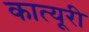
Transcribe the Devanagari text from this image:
कात्यूरी